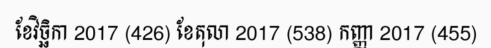
ខែវិច្ឆិកា 2017 (426) ខែតុលា 2017 (538) កញ្ញា 2017 (455)